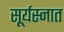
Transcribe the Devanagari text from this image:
सूर्यस्नात